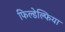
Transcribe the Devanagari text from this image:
फिल्डेल्फिया